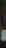
-